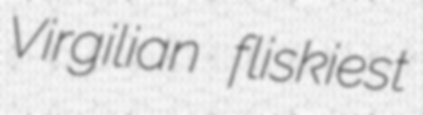
Virgilian fliskiest